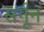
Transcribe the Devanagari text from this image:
सर्गून